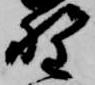
野